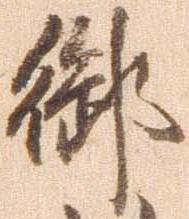
御